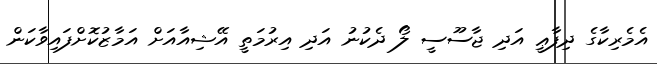
އެމެރިކާގެ ދިފާޢީ އަދި ޖާސޫސީ ލޯ ދެކުނު އަދި އިރުމަތީ އޭޝިއާއަށް އަމާޒުކޮށްފައިވާކަން